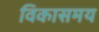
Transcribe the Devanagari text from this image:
विकासमय